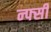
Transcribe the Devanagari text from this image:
न्फ्सी